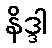
နိဒ္ဒါ